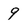
Character: 9